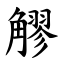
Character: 䚧